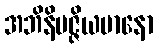
အဘိနိပဇ္ဇိယမာနော